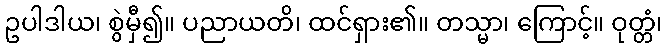
ဥပါဒါယ၊ စွဲမှီ၍။ ပညာယတိ၊ ထင်ရှား၏။ တသ္မာ၊ ကြောင့်။ ဝုတ္တံ၊